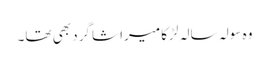
وہ سولہ سالہ لڑکا میرا شاگرد بھی تھا۔